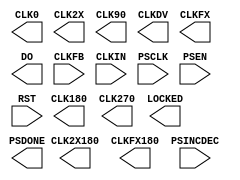
// $Header: /devl/xcs/repo/env/Databases/CAEInterfaces/xec_libs/data/unisims/DCM_PS.v,v 1.2 2007/12/07 01:35:04 vandanad Exp $

`timescale 1 ps / 1 ps 

module DCM_PS (
	CLK0,
	CLK180,
	CLK270,
	CLK2X,
	CLK2X180,
	CLK90,
	CLKDV,
	CLKFX,
	CLKFX180,
	DO,
	LOCKED,
	PSDONE,
	CLKFB,
	CLKIN,
	PSCLK,
	PSEN,
	PSINCDEC,
	RST
);

parameter CLKDV_DIVIDE = 2.0;
parameter CLKFX_DIVIDE = 1;
parameter CLKFX_MULTIPLY = 4;
parameter CLKIN_DIVIDE_BY_2 = "FALSE";
parameter CLKIN_PERIOD = 10.0;
parameter CLKOUT_PHASE_SHIFT = "NONE";
parameter CLK_FEEDBACK = "1X";
parameter DCM_AUTOCALIBRATION = "TRUE";
parameter DCM_PERFORMANCE_MODE = "MAX_SPEED";
parameter DESKEW_ADJUST = "SYSTEM_SYNCHRONOUS";
parameter DFS_FREQUENCY_MODE = "LOW";
parameter DLL_FREQUENCY_MODE = "LOW";
parameter DUTY_CYCLE_CORRECTION = "TRUE";
parameter FACTORY_JF = 16'hF0F0;
parameter PHASE_SHIFT = 0;
parameter STARTUP_WAIT = "FALSE";


output CLK0;
output CLK180;
output CLK270;
output CLK2X180;
output CLK2X;
output CLK90;
output CLKDV;
output CLKFX180;
output CLKFX;
output LOCKED;
output PSDONE;
output [15:0] DO;

input CLKFB;
input CLKIN;
input PSCLK;
input PSEN;
input PSINCDEC;
input RST;

endmodule